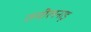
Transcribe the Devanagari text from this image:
तमीलनाडू